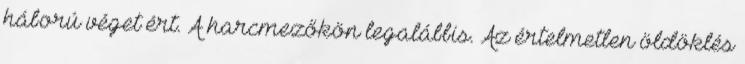
háború véget ért. A harcmezőkön legalábbis. Az értelmetlen öldöklés